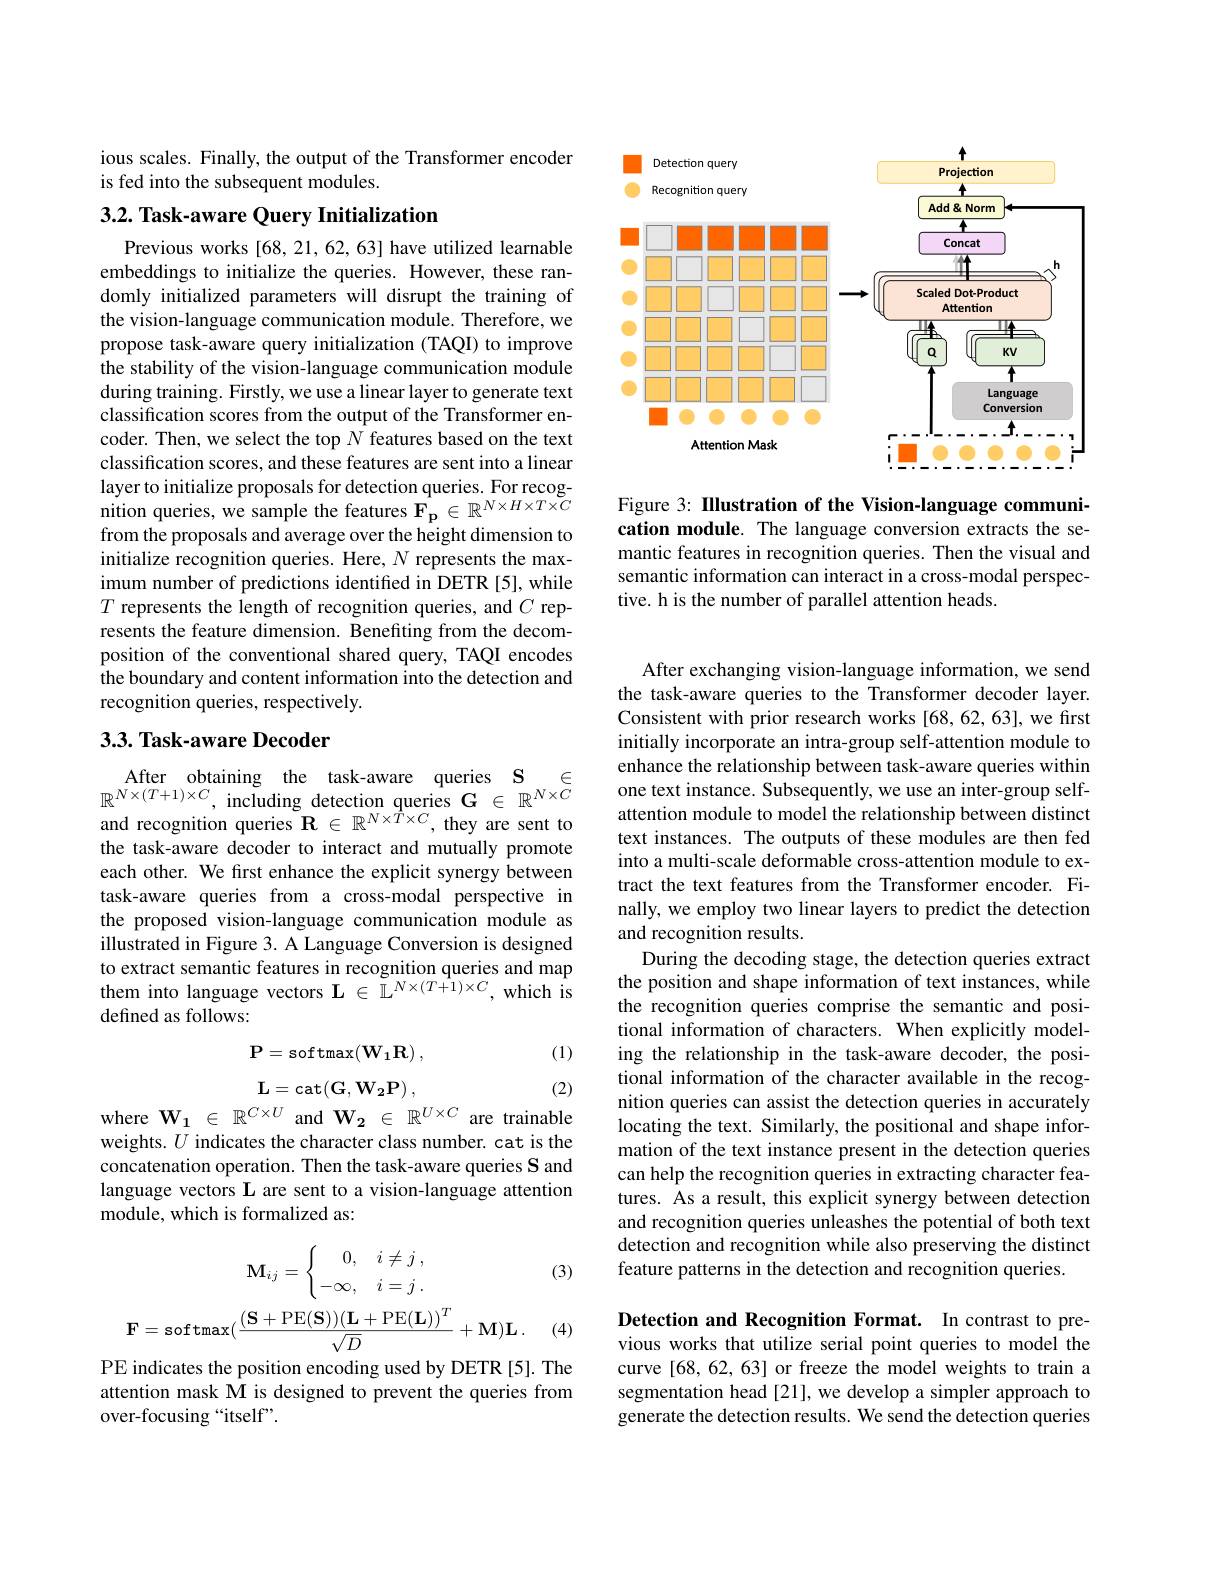
ious scales. Finally, the output of the Transformer encoder
is fed into the subsequent modules.

## 3.2. Task-aware Query Initialization

Previous works [68,21,62,63] have utilized learnable embeddings to initialize the queries. However, these randomly initialized parameters will disrupt the training of the vision-language communication module. Therefore, we propose task-aware query initialization (TAQI) to improve the stability of the vision-language communication module during training. Firstly, we use a linear layer to generate text classification scores from the output of the Transformer encoder. Then, we select the top $N$ features based on the text classification scores, and these features are sent into a linear layer to initialize proposals for detection queries. For recognition queries, we sample the features $\mathbf{F}_{\mathbf{p}}\in\mathbb{R}^{N\times H\times T\times C}$ from the proposals and average over the height dimension to initialize recognition queries. Here, $N$ represents the maximum number of predictions identified in DETR [5], while $T$ represents the length of recognition queries, and $C$ represents the feature dimension. Benefiting from the decomposition of the conventional shared query, TAQI encodes the boundary and content information into the detection and recognition queries, respectively.

### $3. 3. \textbf{Task- aware Decoder}$

$\begin{array}{c}\mathrm{After}&\mathrm{obtaining}&\mathrm{the}&\mathrm{task-aware}&\mathrm{queries}&\mathbf{S}&\in\\\mathbb{R}^{N\times(T+1)\times C},&\mathrm{including}&\mathrm{detection}&\mathrm{queries}&\mathbf{G}&\in&\mathbb{R}^{N\times C}\end{array}$ and recognition queries $\mathbf{R}\in\mathbb{R}^{N\times T\times C}$, they are sent to the task-aware decoder to interact and mutually promote each other. We first enhance the explicit synergy between task-aware queries from a cross-modal perspective in the proposed vision-language communication module as illustrated in Figure 3. A Language Conversion is designed to extract semantic features in recognition queries and map them into language vectors $\mathbf{L}\in\mathbb{L}^{N\times(T+1)\times C}$,which is defined as follows:

(1)
$$\mathbf{P}=\mathrm{softmax}(\mathbf{W}_{1}\mathbf{R})\:,$$
$$\mathbf{L}=\mathrm{cat}(\mathbf{G},\mathbf{W_{2}P})\:,$$
(2)

where $\mathbf{W_1}\in\mathbb{R}^{C\times U}$ and $\mathbf{W_2}\in\mathbb{R}^U\times C$ are trainable weights. $U$ indicates the character class number. cat is the concatenation operation. Then the task-aware queries S and language vectors L are sent to a vision-language attention module, which is formalized as:

(3)
$$\mathbf{M}_{ij}=\begin{cases}\quad0,&i\ne j\:,\\-\infty,&i=j\:.\end{cases}$$
$$\mathbf{F}=\text{softmax}(\frac{(\mathbf{S}+\text{PE}(\mathbf{S}))(\mathbf{L}+\text{PE}(\mathbf{L}))^T}{\sqrt{D}}+\mathbf{M})\mathbf{L}\:.$$
(4)

PE indicates the position encoding used by DETR [5]. The attention mask M is designed to prevent the queries from over-focusing “itself”.

<FigureHere>

Figure 3: IIlustration of the Vision-language communication module. The language conversion extracts the semantic features in recognition queries. Then the visual and semantic information can interact in a cross-modal perspective. h is the number of parallel attention heads.

After exchanging vision-language information, we send the task-aware queries to the Transformer decoder layer. Consistent with prior research works [68,62,63], we first initially incorporate an intra-group self-attention module to enhance the relationship between task-aware queries within one text instance. Subsequently, we use an inter-group selfattention module to model the relationship between distinct text instances. The outputs of these modules are then fed into a multi-scale deformable cross-attention module to extract the text features from the Transformer encoder. Finally, we employ two linear layers to predict the detection and recognition results.
During the decoding stage, the detection queries extract the position and shape information of text instances, while the recognition queries comprise the semantic and positional information of characters. When explicitly modeling the relationship in the task-aware decoder, the positional information of the character available in the recognition queries can assist the detection queries in accurately locating the text. Similarly, the positional and shape information of the text instance present in the detection queries can help the recognition queries in extracting character features. As a result, this explicit synergy between detection and recognition queries unleashes the potential of both text detection and recognition while also preserving the distinct feature patterns in the detection and recognition queries.

Detection and Recognition Format. In contrast to previous works that utilize serial point queries to model the curve [68, 62, 63] or freeze the model weights to train a segmentation head [21], we develop a simpler approach to generate the detection results. We send the detection queries